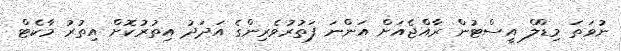
ނުވަތަ މިޑްލް އީސްޓުން ރާއްޖެއަށް އަންނަ ފަތުރުވެރިންގެ އަދަދު އިތުރުކޮށް އިތުރު މާކެޓް